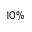
1 0 \%